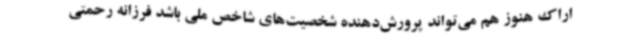
اراک هنوز هم می‌تواند پرورش‌دهنده شخصیت‌های شاخص ملی باشد فرزانه رحمتی